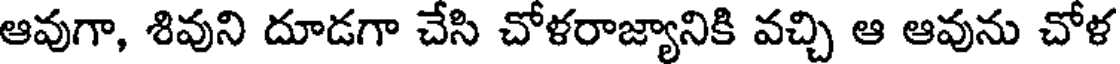
ఆవుగా, శివుని దూడగా చేసి చోళరాజ్యానికి వచ్చి ఆ ఆవును చోళ